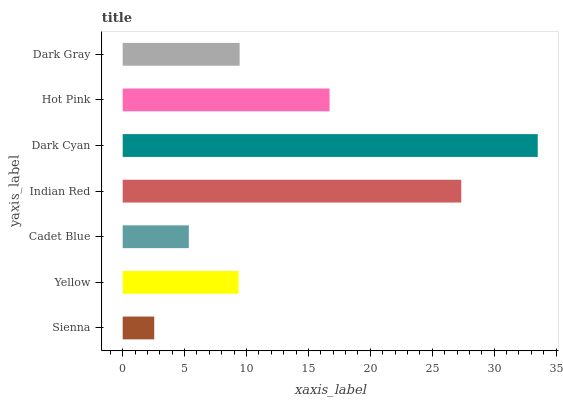
| yaxis_label | bars |
 | --- | --- |
 | Sienna | 2.55 |
 | Yellow | 9.36 |
 | Cadet Blue | 5.34 |
 | Indian Red | 27.3 |
 | Dark Cyan | 33.5 |
 | Hot Pink | 16.7 |
 | Dark Gray | 9.44 |